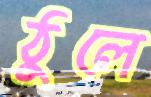
ঠুলে